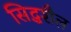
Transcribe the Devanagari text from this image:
सिद्धशैल